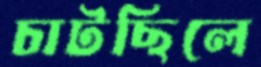
চাটছিলে